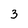
Character: 3